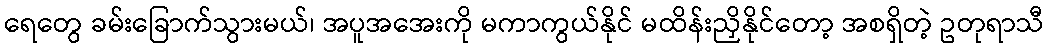
ရေတွေ ခမ်းခြောက်သွားမယ်၊ အပူအအေးကို မကာကွယ်နိုင် မထိန်းညှိနိုင်တော့ အစရှိတဲ့ ဥတုရာသီ